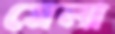
মেলা